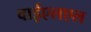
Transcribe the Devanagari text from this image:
वाईएलएल